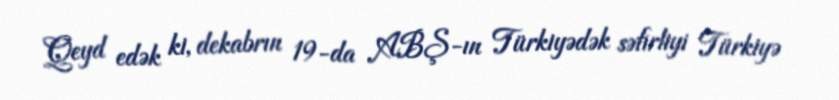
Qeyd edək ki, dekabrın 19-da ABŞ-ın Türkiyədək səfirliyi Türkiyə